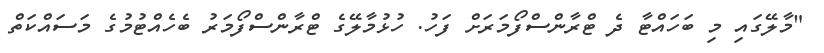
"މާލޭގައި މި ބަހައްޓާ ދެ ޓްރާންސްފޯމަރަށް ފަހު. ހުޅުމާލޭގެ ޓްރާންސްފޯމަރު ބެހެއްޓުމުގެ މަސައްކަތް